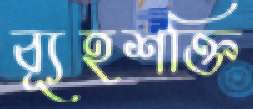
ব্যূহশক্তি